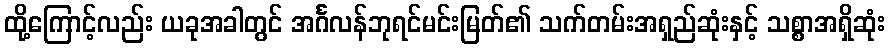
ထို့ကြောင့်လည်း ယခုအခါတွင် အင်္ဂလန်ဘုရင်မင်းမြတ်၏ သက်တမ်းအရှည်ဆုံးနှင့် သစ္စာအရှိဆုံး